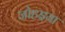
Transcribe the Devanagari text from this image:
जोहइया